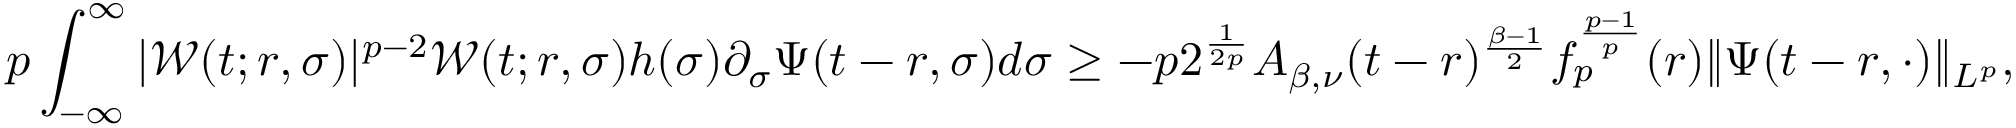
p \int _ { - \infty } ^ { \infty } | \mathcal { W } ( t ; r , \sigma ) | ^ { p - 2 } \mathcal { W } ( t ; r , \sigma ) h ( \sigma ) \partial _ { \sigma } \Psi ( t - r , \sigma ) d \sigma \geq - p 2 ^ { \frac { 1 } { 2 p } } A _ { \beta , \nu } ( t - r ) ^ { \frac { \beta - 1 } { 2 } } f _ { p } ^ { \frac { p - 1 } { p } } ( r ) \| \Psi ( t - r , \cdot ) \| _ { L ^ { p } } ,